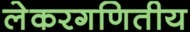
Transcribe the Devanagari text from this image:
लेकरगणितीय